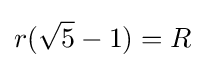
r({\sqrt {5}}-1)=R\!